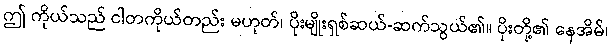
ဤ ကိုယ်သည် ငါတကိုယ်တည်း မဟုတ်၊ ပိုးမျိုးရှစ်ဆယ်-ဆက်သွယ်၏။ ပိုးတို့၏ နေအိမ်၊